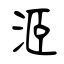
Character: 洍